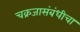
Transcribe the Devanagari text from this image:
चक्रजासंबंधीचा